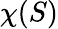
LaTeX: \chi(S)